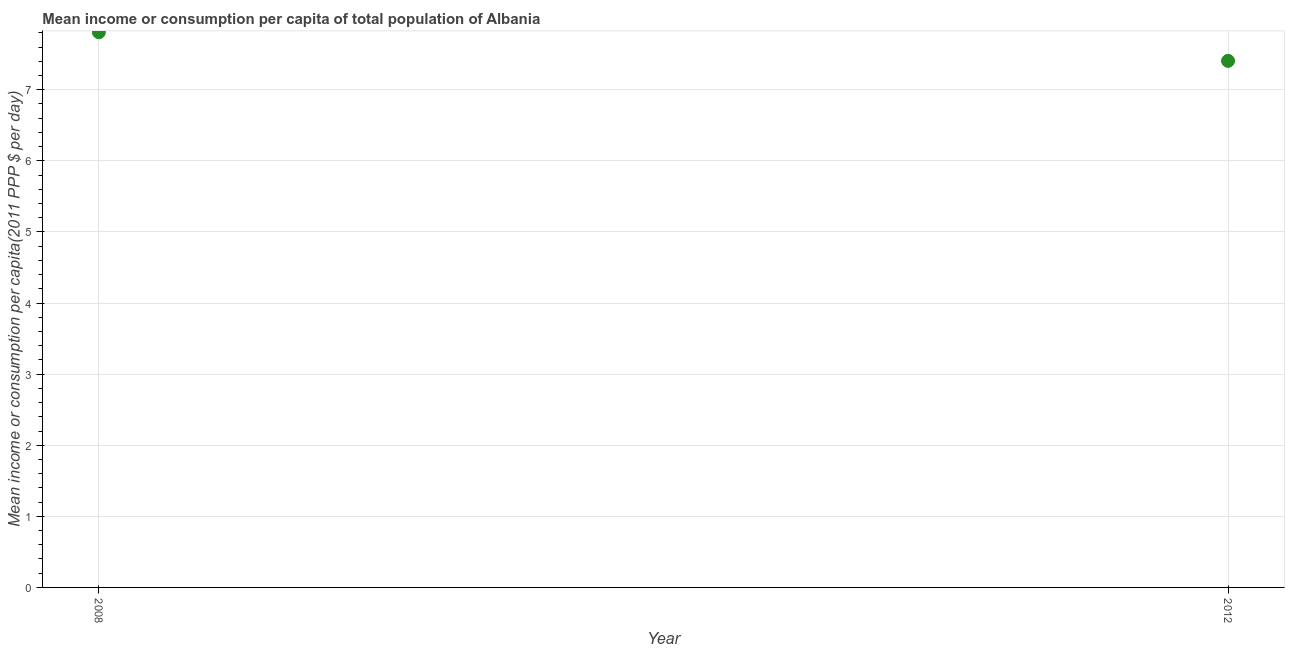
| Year | Total population |
 | --- | --- |
 | 2008 | 7.81 |
 | 2012 | 7.41 |